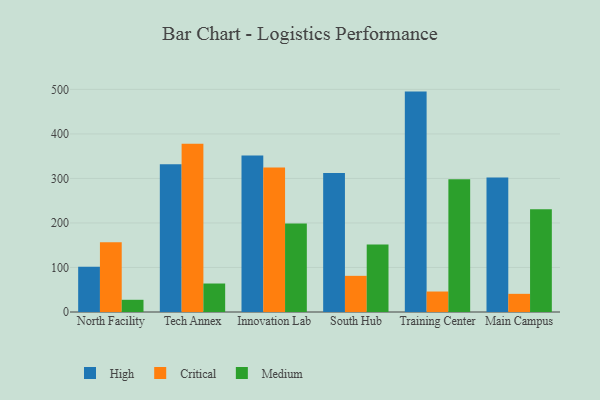
{"axis": {"x": "Campus", "y": "Demand Index"}, "legend": ["Critical", "High", "Medium"], "data": [{"x": "North Facility", "y": 101.5, "type": "High"}, {"x": "North Facility", "y": 156.9, "type": "Critical"}, {"x": "North Facility", "y": 27.4, "type": "Medium"}, {"x": "Tech Annex", "y": 331.7, "type": "High"}, {"x": "Tech Annex", "y": 378.0, "type": "Critical"}, {"x": "Tech Annex", "y": 64.0, "type": "Medium"}, {"x": "Innovation Lab", "y": 351.8, "type": "High"}, {"x": "Innovation Lab", "y": 324.6, "type": "Critical"}, {"x": "Innovation Lab", "y": 198.6, "type": "Medium"}, {"x": "South Hub", "y": 312.4, "type": "High"}, {"x": "South Hub", "y": 81.2, "type": "Critical"}, {"x": "South Hub", "y": 151.8, "type": "Medium"}, {"x": "Training Center", "y": 495.1, "type": "High"}, {"x": "Training Center", "y": 46.0, "type": "Critical"}, {"x": "Training Center", "y": 298.2, "type": "Medium"}, {"x": "Main Campus", "y": 302.3, "type": "High"}, {"x": "Main Campus", "y": 40.8, "type": "Critical"}, {"x": "Main Campus", "y": 230.6, "type": "Medium"}]}